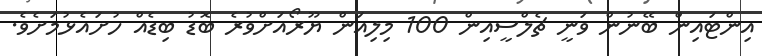
އިންޓައިން ބޭނުން ވަނީ ޗެލްސީއިން 100 މިލިއަން ޔޫރޯއަށްވުރެ ބޮޑު ބިޑެއް ހުށައެޅުމަށެވެ.